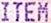
ITEM